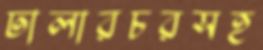
ঢালারচরসহ